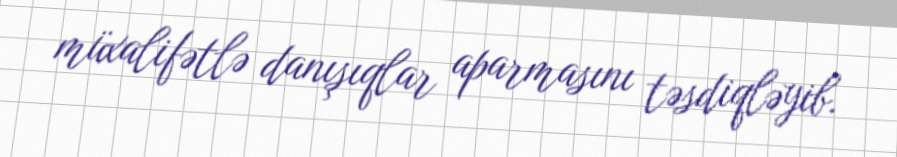
müxalifətlə danışıqlar aparmasını təsdiqləyib.